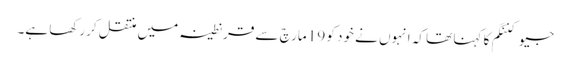
جیو کننگم کا کہنا تھا کہ انہوں نے خود کو 19 مارچ سے قرنطینہ میں منتقل کررکھا ہے۔